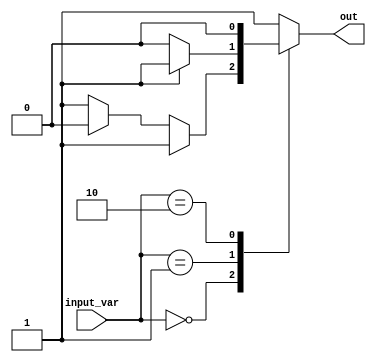
module conditional_logic_block (
  input wire [2:0] input_var,
  output reg out
);

always @(input_var)
begin
  case(input_var)
    3'b000: // Cases based on the value of input_var
      begin
        if (condition1)
          out = 1;
        else if (condition2)
          out = 0;
        else
          out = 1;
      end
    3'b001:
      begin
        if (condition3)
          out = 1;
        else
          out = 0;
      end
    3'b010:
      begin
        out = 0;
      end
    default:
      begin
        out = 1;
      end
  endcase
end

endmodule